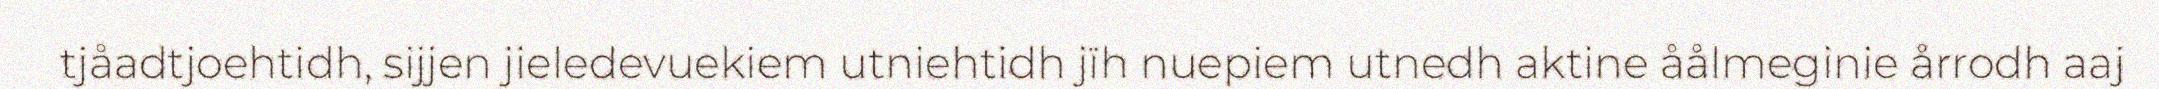
tjåadtjoehtidh, sijjen jieledevuekiem utniehtidh jïh nuepiem utnedh aktine åålmeginie årrodh aaj